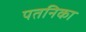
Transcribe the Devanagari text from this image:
पतनिका